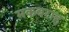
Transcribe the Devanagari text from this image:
मकबराह